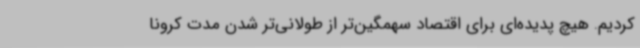
کردیم. هیچ پدیده‌ای برای اقتصاد سهمگین‌تر از طولانی‌تر شدن مدت کرونا